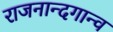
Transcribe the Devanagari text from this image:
राजनान्दगान्व